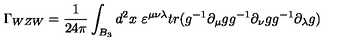
\Gamma _ { W Z W } = { \frac { 1 } { 2 4 \pi } } \int _ { B _ { 3 } } d ^ { 2 } x \ \varepsilon ^ { \mu \nu \lambda } { t r ( g ^ { - 1 } \partial _ { \mu } g g ^ { - 1 } \partial _ { \nu } g g ^ { - 1 } \partial _ { \lambda } g ) }